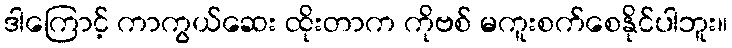
ဒါကြောင့် ကာကွယ်ဆေး ထိုးတာက ကိုဗစ် မကူးစက်စေနိုင်ပါဘူး။